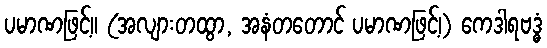
ပမာဏဖြင့်။ (အလျားတထွာ, အနံတတောင် ပမာဏဖြင့်၊) ကေဒါရဗဒ္ဓံ